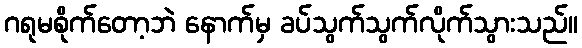
ဂရုမစိုက်တော့ဘဲ နောက်မှ ခပ်သွက်သွက်လိုက်သွားသည်။